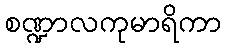
စဏ္ဍာလကုမာရိကာ